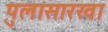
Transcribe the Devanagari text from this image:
पुलासारखा